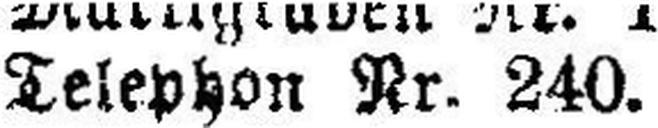
Telephon Nr. 240.